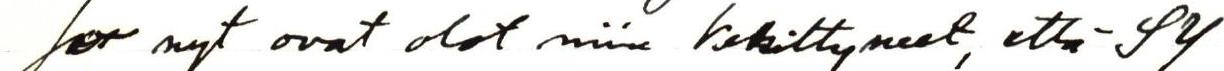
Jos nyt ovat olot niin kehittyneet, että SY